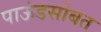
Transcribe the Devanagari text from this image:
पाऊंडसोबत